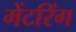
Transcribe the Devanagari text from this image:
मेंटरिंग